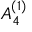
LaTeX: { A } _ { 4 } ^ { ( 1 ) }